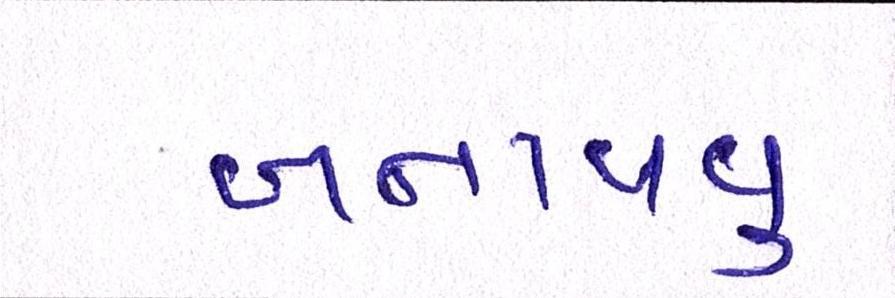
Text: બનાવવુઃ